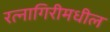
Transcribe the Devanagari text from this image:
रत्नागिरीमधील